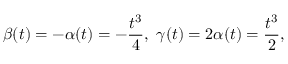
\beta ( t ) = - \alpha ( t ) = - \frac { t ^ { 3 } } { 4 } , \ \gamma ( t ) = 2 \alpha ( t ) = \frac { t ^ { 3 } } { 2 } ,